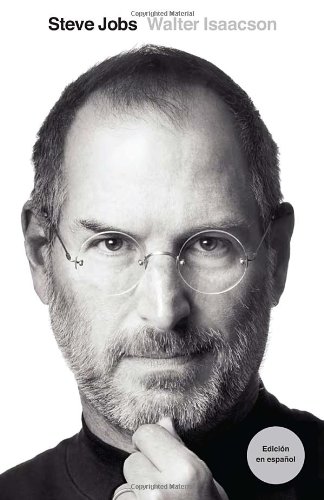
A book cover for Steve Jobs: EdiciÃ³n en EspaÃ±ol (Spanish Edition); Walter Isaacson; Computers & Technology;